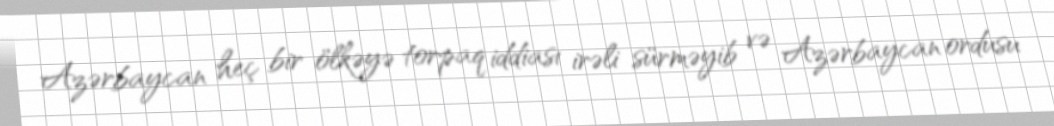
Azərbaycan heç bir ölkəyə torpaq iddiası irəli sürməyib və Azərbaycan ordusu